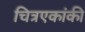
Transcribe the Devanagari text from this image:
चित्रएकांकी